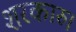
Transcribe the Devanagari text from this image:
शरकारु।